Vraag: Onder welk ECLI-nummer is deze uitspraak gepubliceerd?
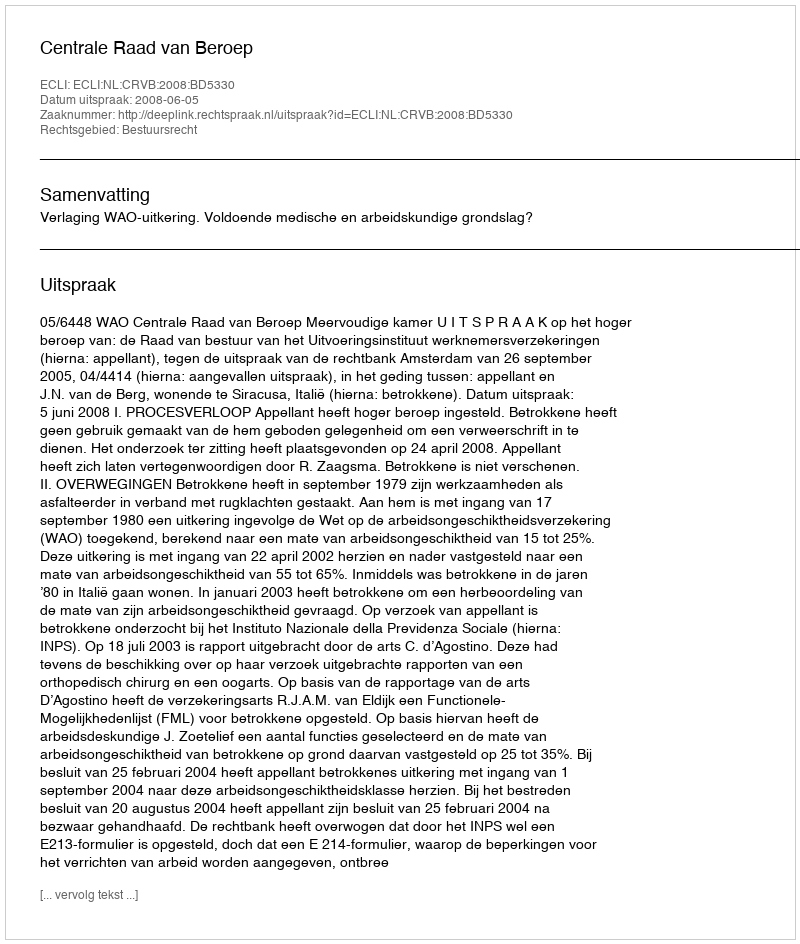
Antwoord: ECLI:NL:CRVB:2008:BD5330